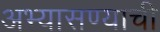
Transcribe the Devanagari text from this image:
अभ्यासण्याची